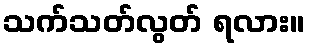
သက်သတ်လွတ် ရလား။